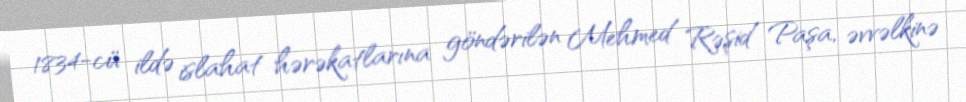
1834-cü ildə islahat hərəkatlarına göndərilən Mehmed Rəşid Paşa, əvvəlkinə